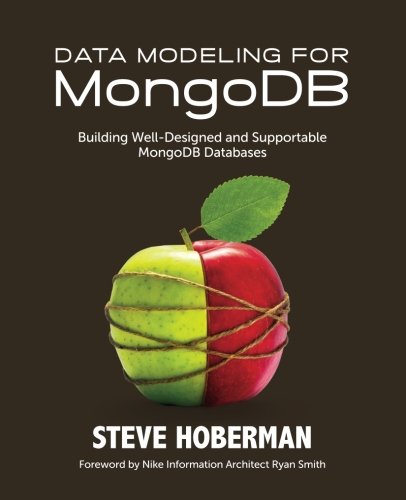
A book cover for Data Modeling for MongoDB; Steve Hoberman; Computers & Technology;